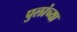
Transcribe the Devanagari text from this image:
पुलांच्या